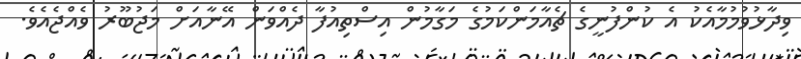
ވިދާޅުވުމުމާއެކު އެ ކުންފުނީގެ ޗެއާމަންކަމުގެ މަގާމުން އިސްތިއުފާ ދެއްވަން އޭނާއަށް މަޖުބޫރު ވެއްޖެއެވެ.